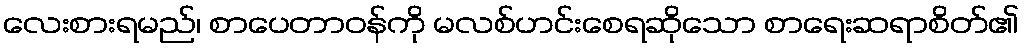
လေးစားရမည်၊ စာပေတာဝန်ကို မလစ်ဟင်းစေရဆိုသော စာရေးဆရာစိတ်၏